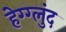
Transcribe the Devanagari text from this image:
हेग्ग्लुंद